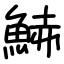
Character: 𩷧